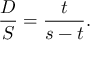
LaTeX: \quad { \frac { D } { S } } = { \frac { t } { s - t } } .